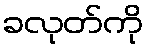
ခလုတ်ကို